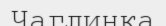
Чаглинка